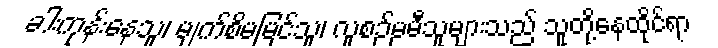
ခါးကုန်းနေသူ၊ မျက်စိမမြင်သူ၊ လူစဉ်မမီသူများသည် သူတို့နေထိုင်ရာ